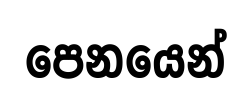
පෙනයෙන්